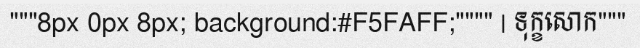
"""8px 0px 8px; background:#F5FAFF;"""" | ទុក្ខសោក"""